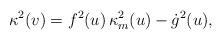
LaTeX: \begin{align*} \kappa^2(v) = f^2(u) \, \kappa^2_m(u) - \dot{g}^2(u),\end{align*}